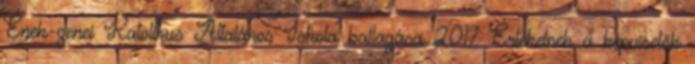
Ének-zenei Katolikus Általános Iskola ballagása 2017 Értékelnek a képviselők